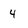
Character: 4